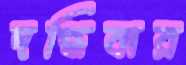
দগ্ধিবার